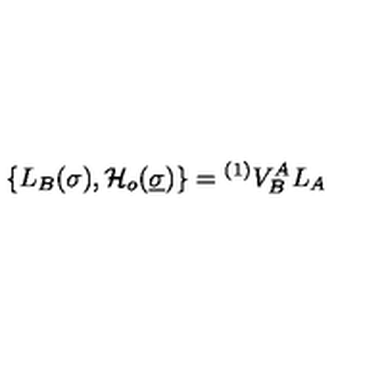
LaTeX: \{ L _ { B } ( \sigma ) , { \cal H } _ { o } ( \underline { { \sigma } } ) \} = { } ^ { ( 1 ) } V _ { B } ^ { A } L _ { A }